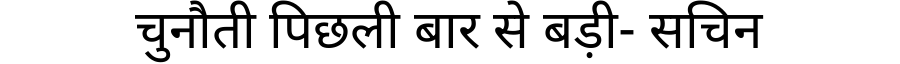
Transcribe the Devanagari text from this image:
चुनौती पिछली बार से बड़ी- सचिन